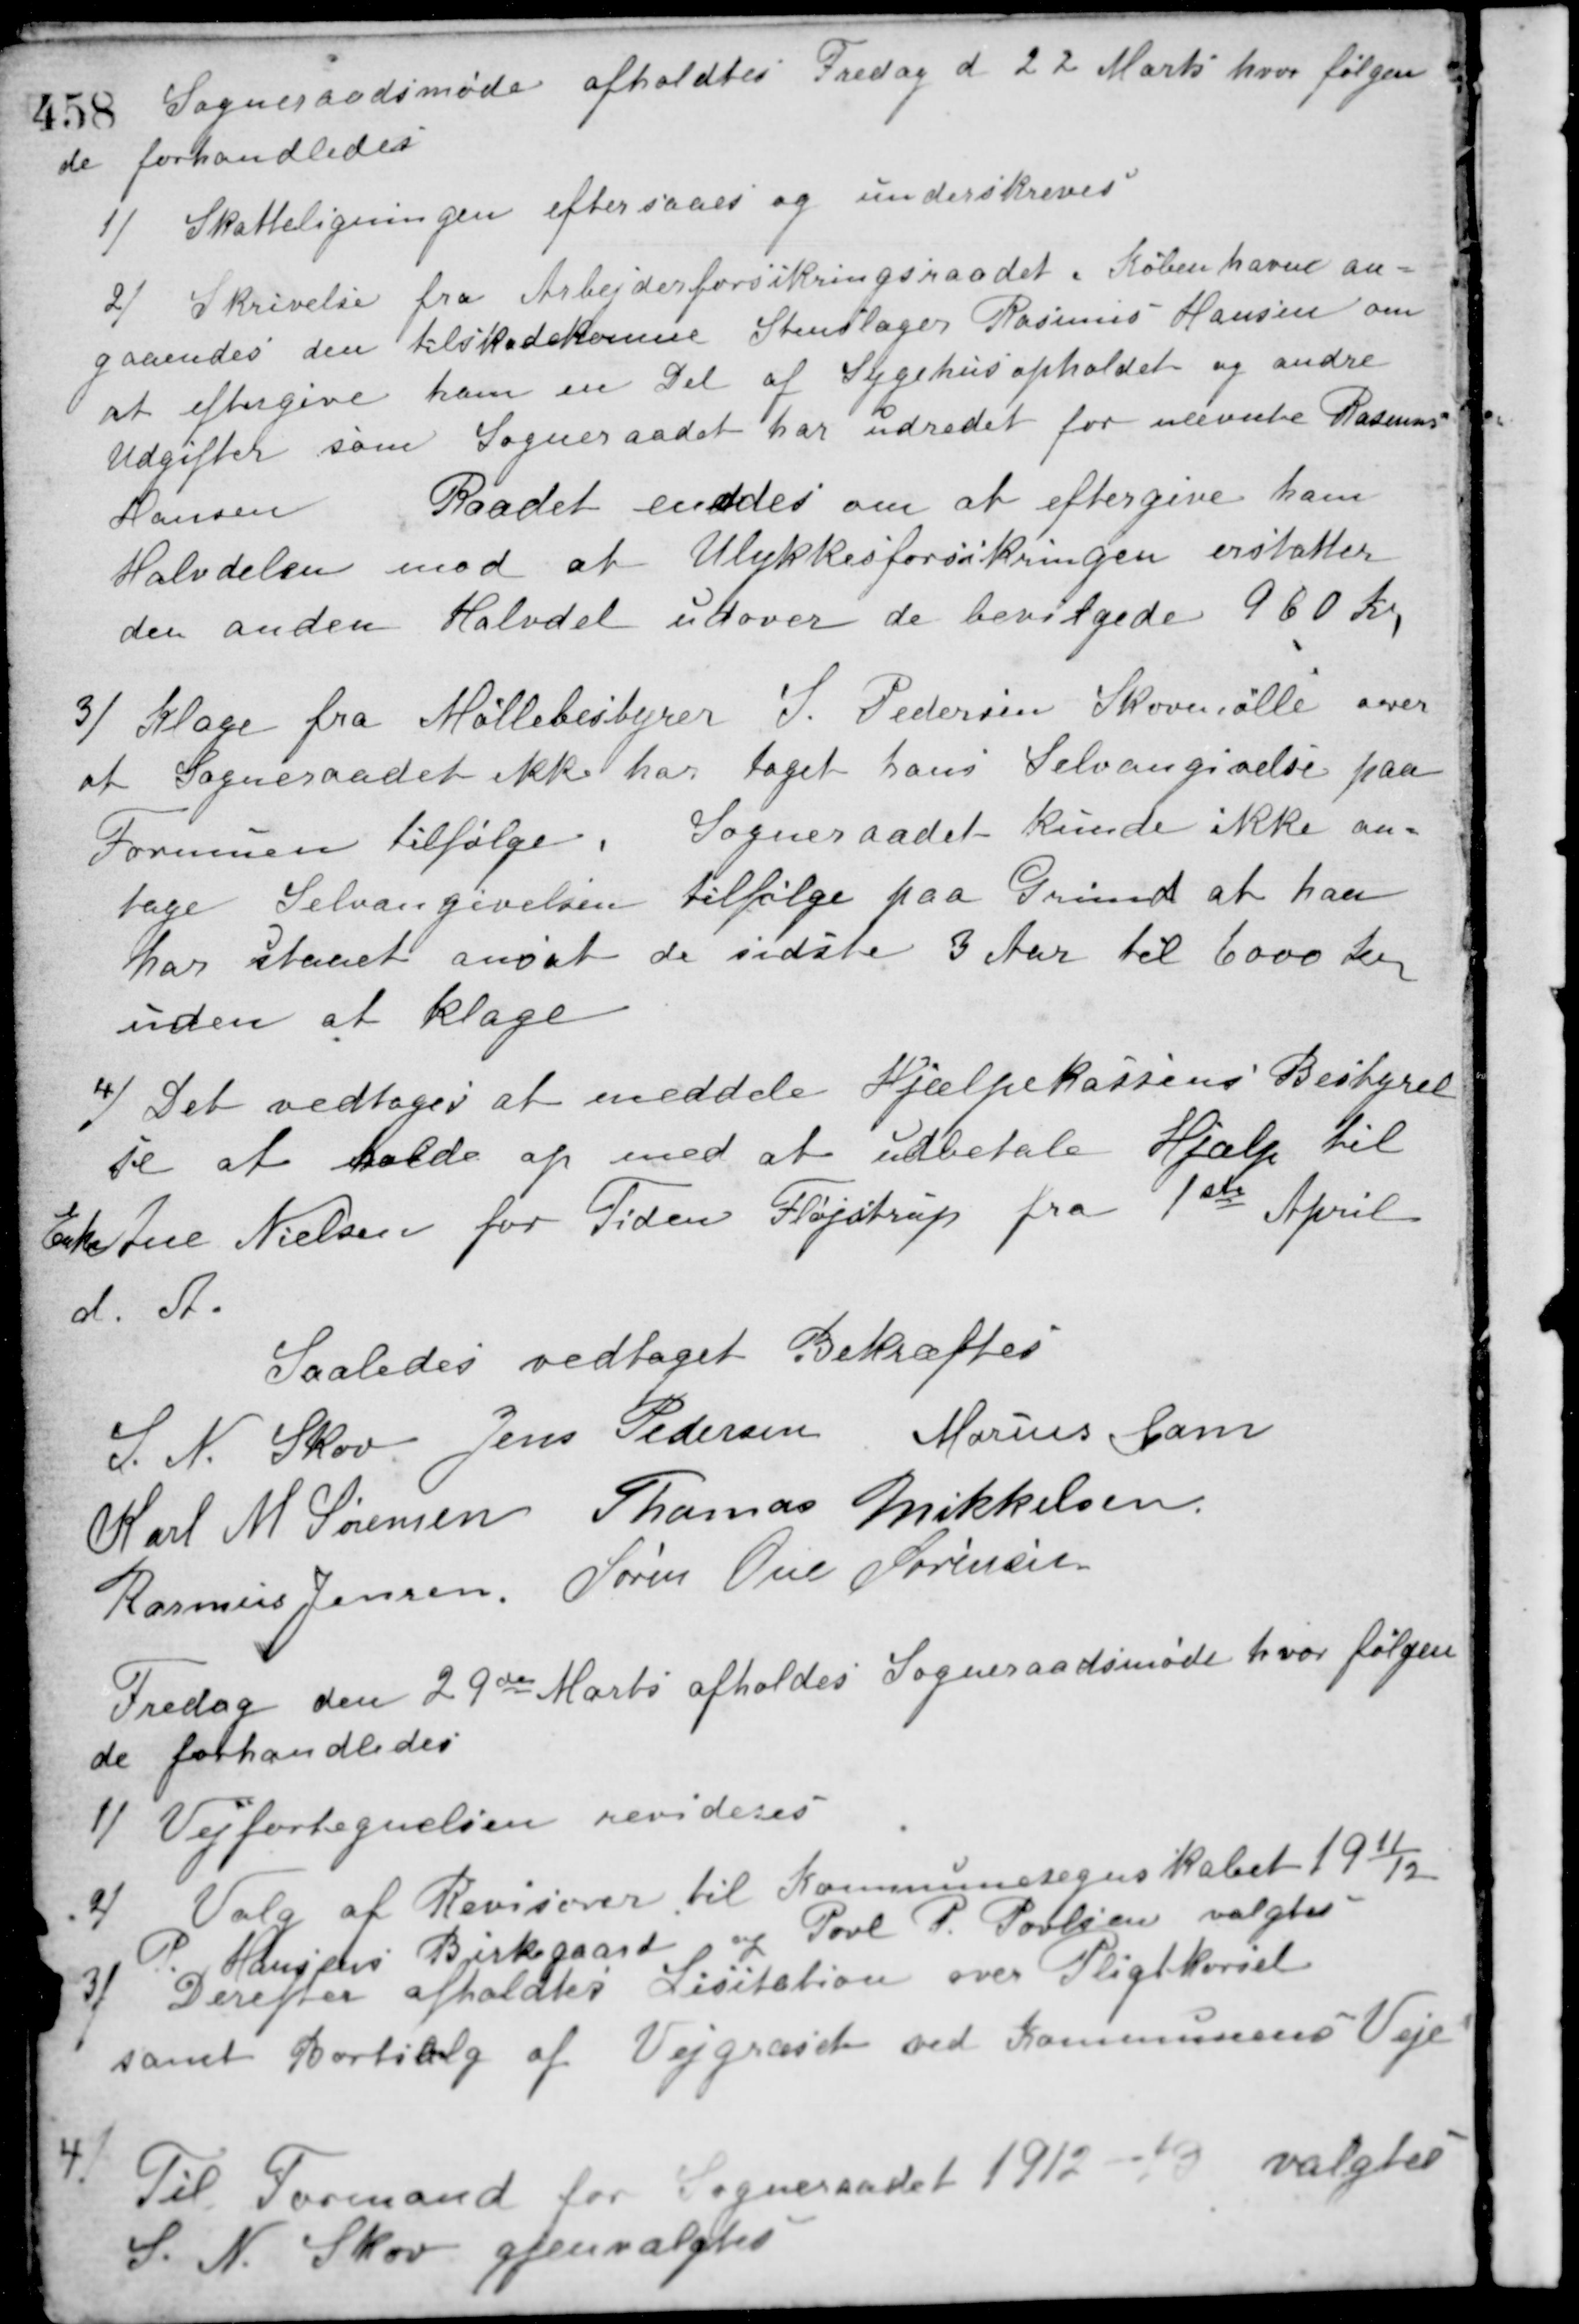
Transskription:
Sogneraadsmøde afholdtes Fredag d 22 Marts hvor følgen-
de forhandledes
1/ Skatteligningen eftersaaes og underskreves.
2/ Skrivelse fra Arbejderforsikringsraadet i København an-
gaaendes den tilskadekomne Stenslager Rasmus Hansen om
at eftergive ham en Del af Sygehusopholdet og andre
Udgifter som Sogneraadet har udredet for nævnte Rasmus
Hansen. Raadet enedes om at eftergive ham
Halvdelen mod at Ulykkesforsikringen erstatter
den anden Halvdel udover de bevilgede 960 Kr.
3/ Klage fra Møllebestyrer J. Pedersen Skovmølle over
at Sogneraadet ikke har taget hans Selvangivelse paa
Formuen tilfølge. Sogneraadet kunde ikke an-
tage Selvangivelsen tilfølge paa Grund at han
har staaet ansat de sidste 3 Aar til 6000 Kr.
uden at klage.
4/ Det vedtoges at meddele Hjælpekassens Bestyrel-
se at holde op med at udbetale Hjælp til
Enkefrue Nielsen for Tiden Fløjstrup fra 1ste April
d. A.
Saaledes vedtaget Bekræftes
S. N. Skov Jens Pedersen Marius Gam
Karl M. Sørensen Thomas Mikkelsen
Rasmus Jensen Søren Ove Sørensen
Fredag den 29de Marts afholdes Sogneraadsmøde hvor følgen-
de forhandledes.
1/ Vejfortegnelsen revideres.
2/ Valg af Revisorer til Kommuneregnskabet 1911/12
P. Hansen Birkegaard og Povl P. Povlsen valgtes.
3/ Derefter afholdtes Licitation over Pligtkørsel
samt Bortsalg af Vejgruset ved Kommunens Veje.
4/ Til Formand for Sogneraadet 1912 - 13 valgtes
S. N. Skov gjenvalgtes.